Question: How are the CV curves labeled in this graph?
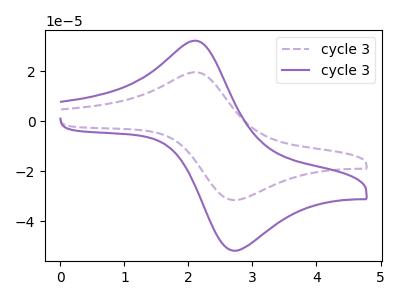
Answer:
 <answer>The purple dashed curve is labeled "cycle 31". The purple curve is labeled "cycle 32".</answer>
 <eval></eval>